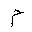
Letter: _mim